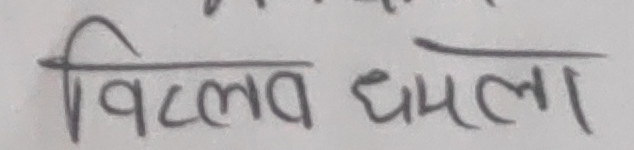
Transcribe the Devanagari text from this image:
विटलब घमला